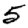
Digit: 5